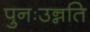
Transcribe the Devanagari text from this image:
पुनःउन्नति